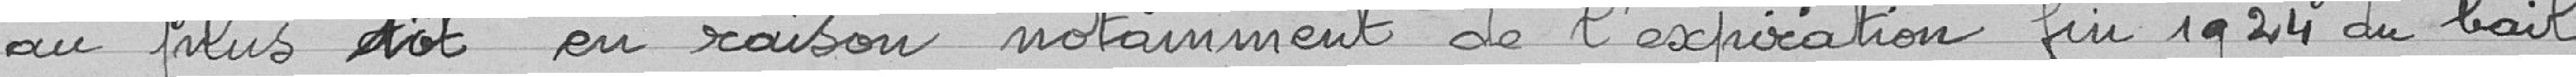
au plus tôt en raison notamment de l'expiration fin 1924 du bail